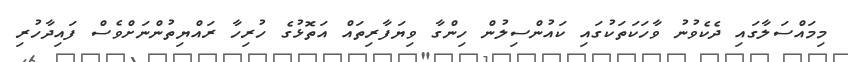
މިމައްސަލާގައި ދެކެވުނު ވާހަކަތަކުގައި ކައުންސިލުން ހިންގާ ވިޔަފާރިތައް އަތޮޅުގެ ހުރިހާ ރައްޔިތުންނަށްވެސް ފައިދާހުރި